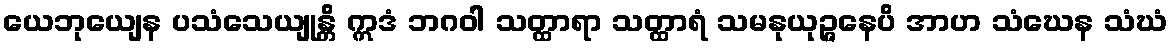
ယေဘုယျေန ပသံသေယျုန္တိ ဣဒံ ဘဂဝါ သတ္ထာရာ သတ္ထာရံ သမနုယုဉ္ဇနေပိ အာဟ သံဃေန သံဃံ